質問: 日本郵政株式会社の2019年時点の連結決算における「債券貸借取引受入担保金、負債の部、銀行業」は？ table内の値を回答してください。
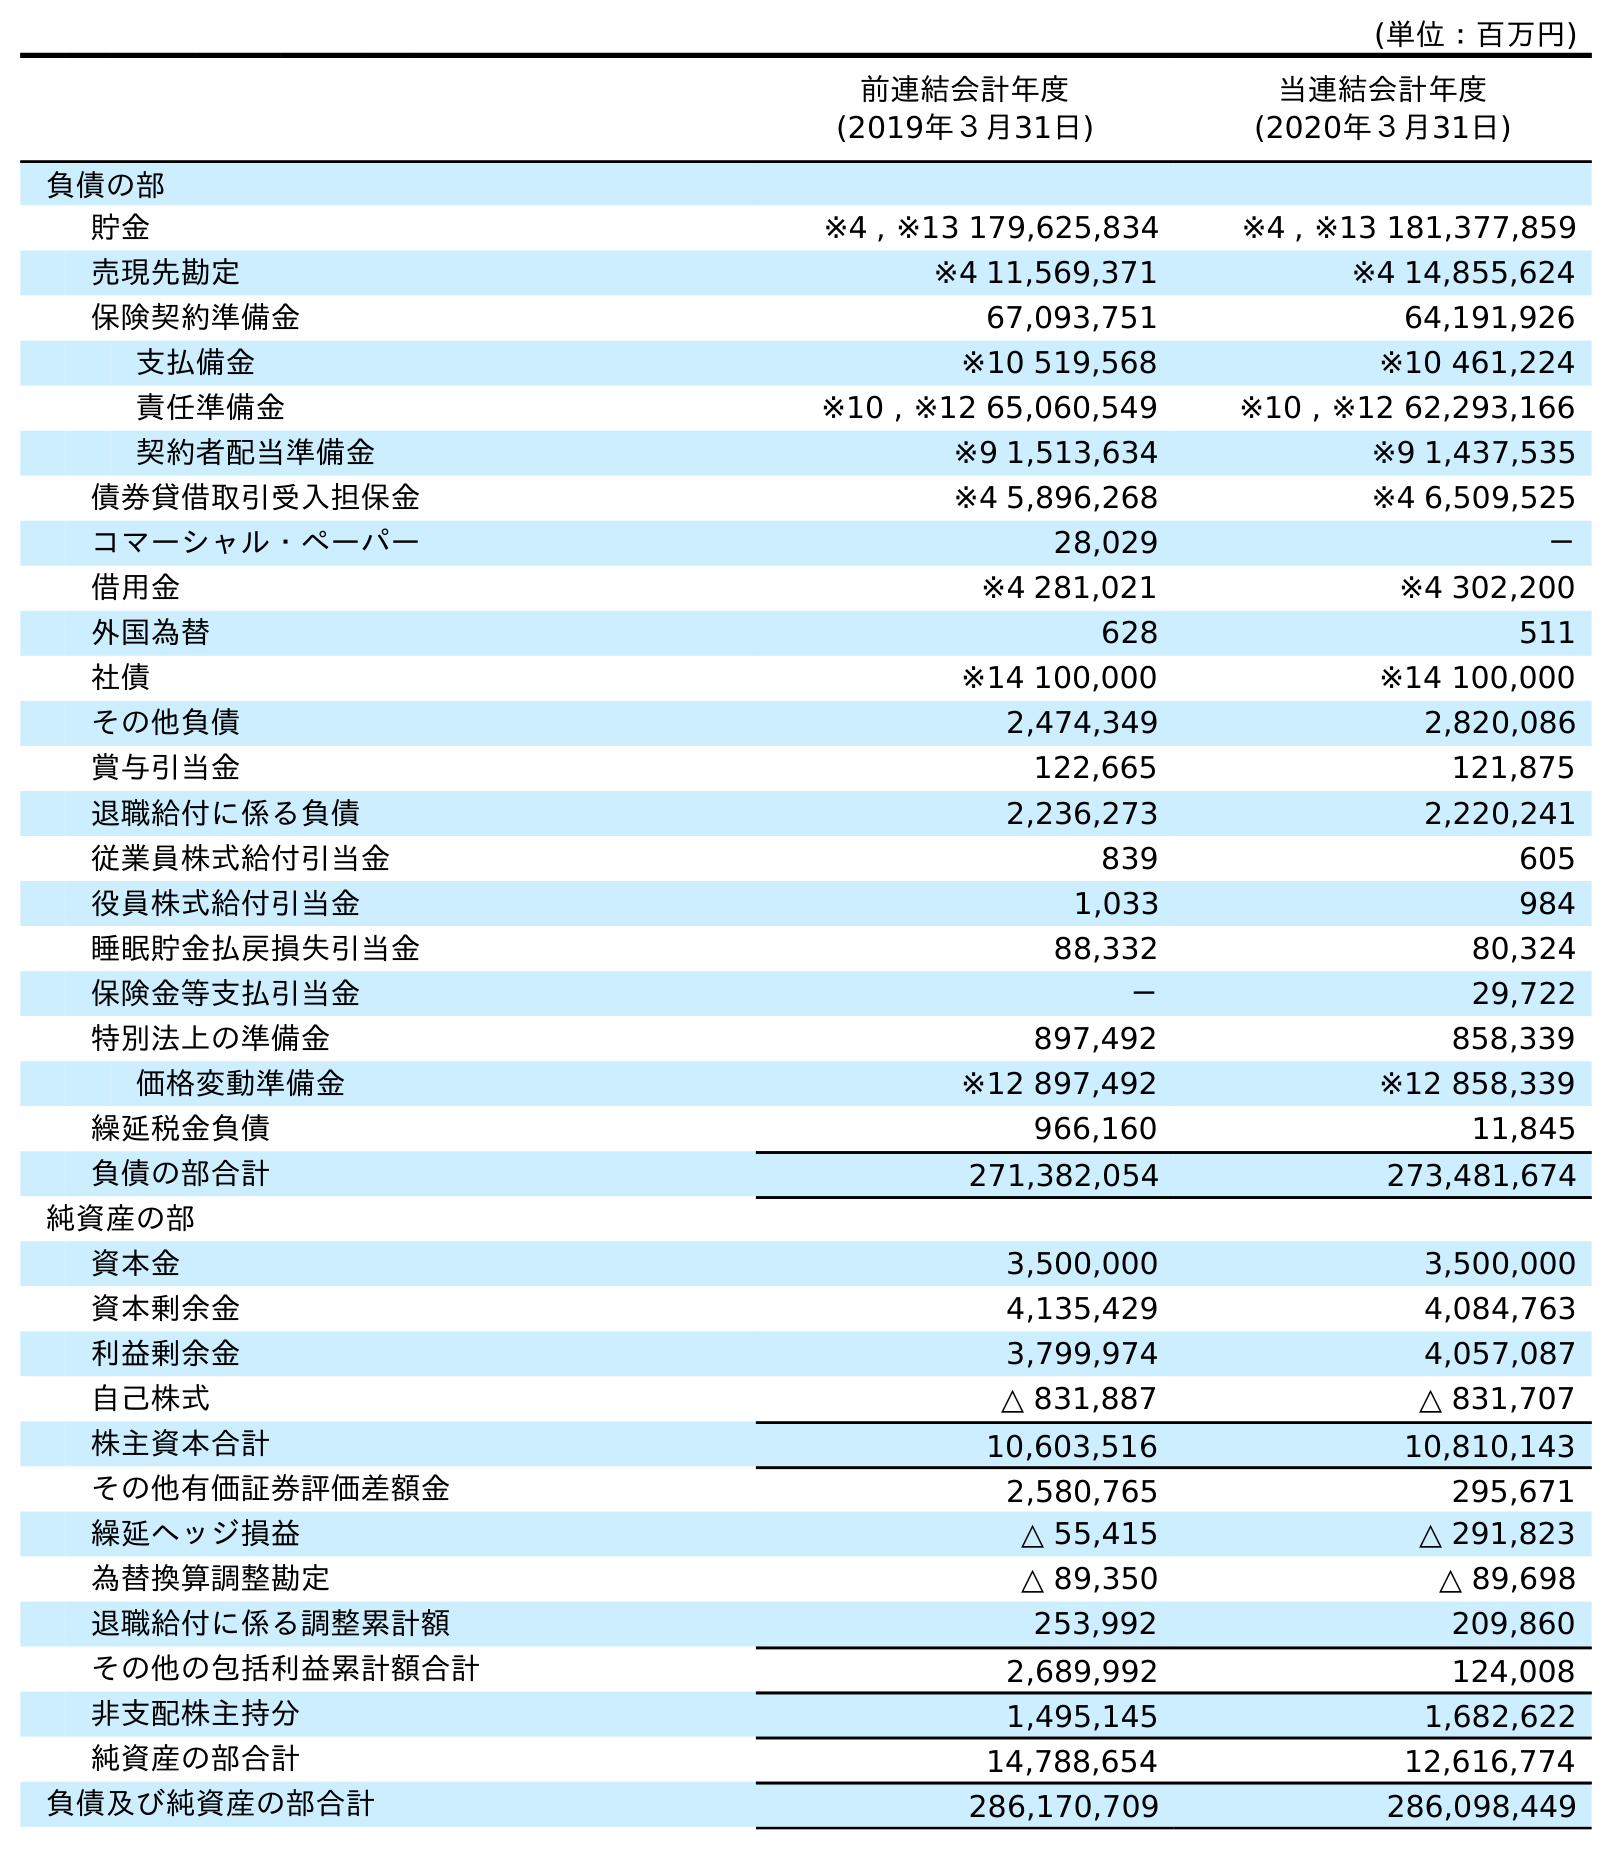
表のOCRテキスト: (単位：百万円) 前連結会計年度 (2019年３月31日) 当連結会計年度 (2020年３月31日) 負債の部 貯金 ※4 , ※13 179,625,834 ※4 , ※13 181,377,859 売現先勘定 ※4 11,569,371 ※4 14,855,624 保険契約準備金 67,093,751 64,191,926 支払備金 ※10 519,568 ※10 461,224 責任準備金 ※10 , ※12 65,060,549 ※10 , ※12 62,293,166 契約者配当準備金 ※9 1,513,634 ※9 1,437,535 債券貸借取引受入担保金 ※4 5,896,268 ※4 6,509,525 コマーシャル・ペーパー 28,029 － 借用金 ※4 281,021 ※4 302,200 外国為替 628 511 社債 ※14 100,000 ※14 100,000 その他負債 2,474,349 2,820,086 賞与引当金 122,665 121,875 退職給付に係る負債 2,236,273 2,220,241 従業員株式給付引当金 839 605 役員株式給付引当金 1,033 984 睡眠貯金払戻損失引当金 88,332 80,324 保険金等支払引当金 － 29,722 特別法上の準備金 897,492 858,339 価格変動準備金 ※12 897,492 ※12 858,339 繰延税金負債 966,160 11,845 負債の部合計 271,382,054 273,481,674 純資産の部 資本金 3,500,000 3,500,000 資本剰余金 4,135,429 4,084,763 利益剰余金 3,799,974 4,057,087 自己株式 △ 831,887 △ 831,707 株主資本合計 10,603,516 10,810,143 その他有価証券評価差額金 2,580,765 295,671 繰延ヘッジ損益 △ 55,415 △ 291,823 為替換算調整勘定 △ 89,350 △ 89,698 退職給付に係る調整累計額 253,992 209,860 その他の包括利益累計額合計 2,689,992 124,008 非支配株主持分 1,495,145 1,682,622 純資産の部合計 14,788,654 12,616,774 負債及び純資産の部合計 286,170,709 286,098,449
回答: ※45,896,268